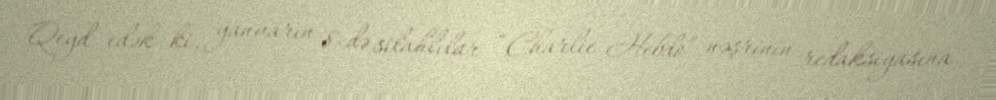
Qeyd edək ki, yanvarın 8-də silahlılar “Charlie Hebdo” nəşrinin redaksiyasına